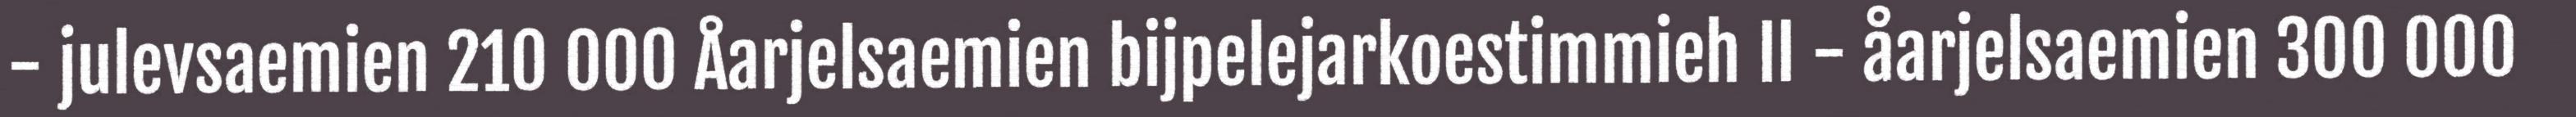
- julevsaemien 210 000 Åarjelsaemien bijpelejarkoestimmieh II - åarjelsaemien 300 000